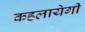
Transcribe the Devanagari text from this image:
कहलायेगी